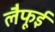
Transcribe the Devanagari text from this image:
लैफूई